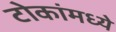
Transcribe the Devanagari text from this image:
टोकांमध्ये